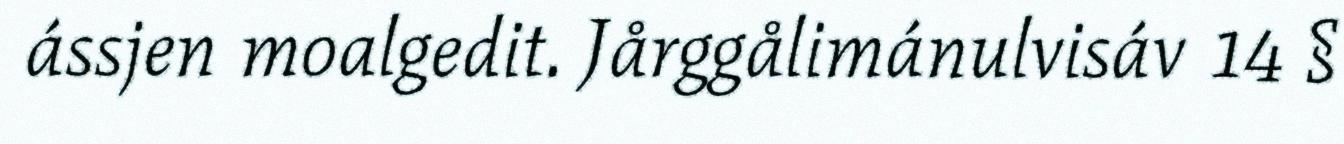
ássjen moalgedit. Jårggålimánulvisáv 14 §